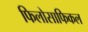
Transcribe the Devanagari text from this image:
फिलोसाफिकल